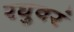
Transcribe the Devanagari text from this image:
रघुवरं